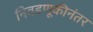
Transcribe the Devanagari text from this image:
निवडणूकीनंतर